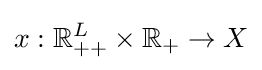
x:\mathbb {R} _{++}^{L}\times \mathbb {R} _{+}\rightarrow X